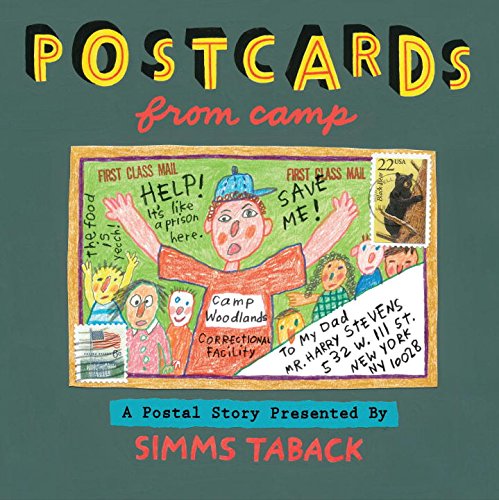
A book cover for Postcards from Camp; Simms Taback; Travel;